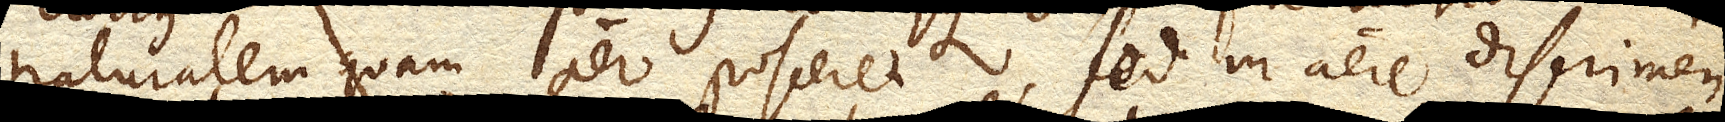
naturalem quam aer posceret, sed in aere discrimen